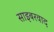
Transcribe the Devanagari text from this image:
साइबरवाद